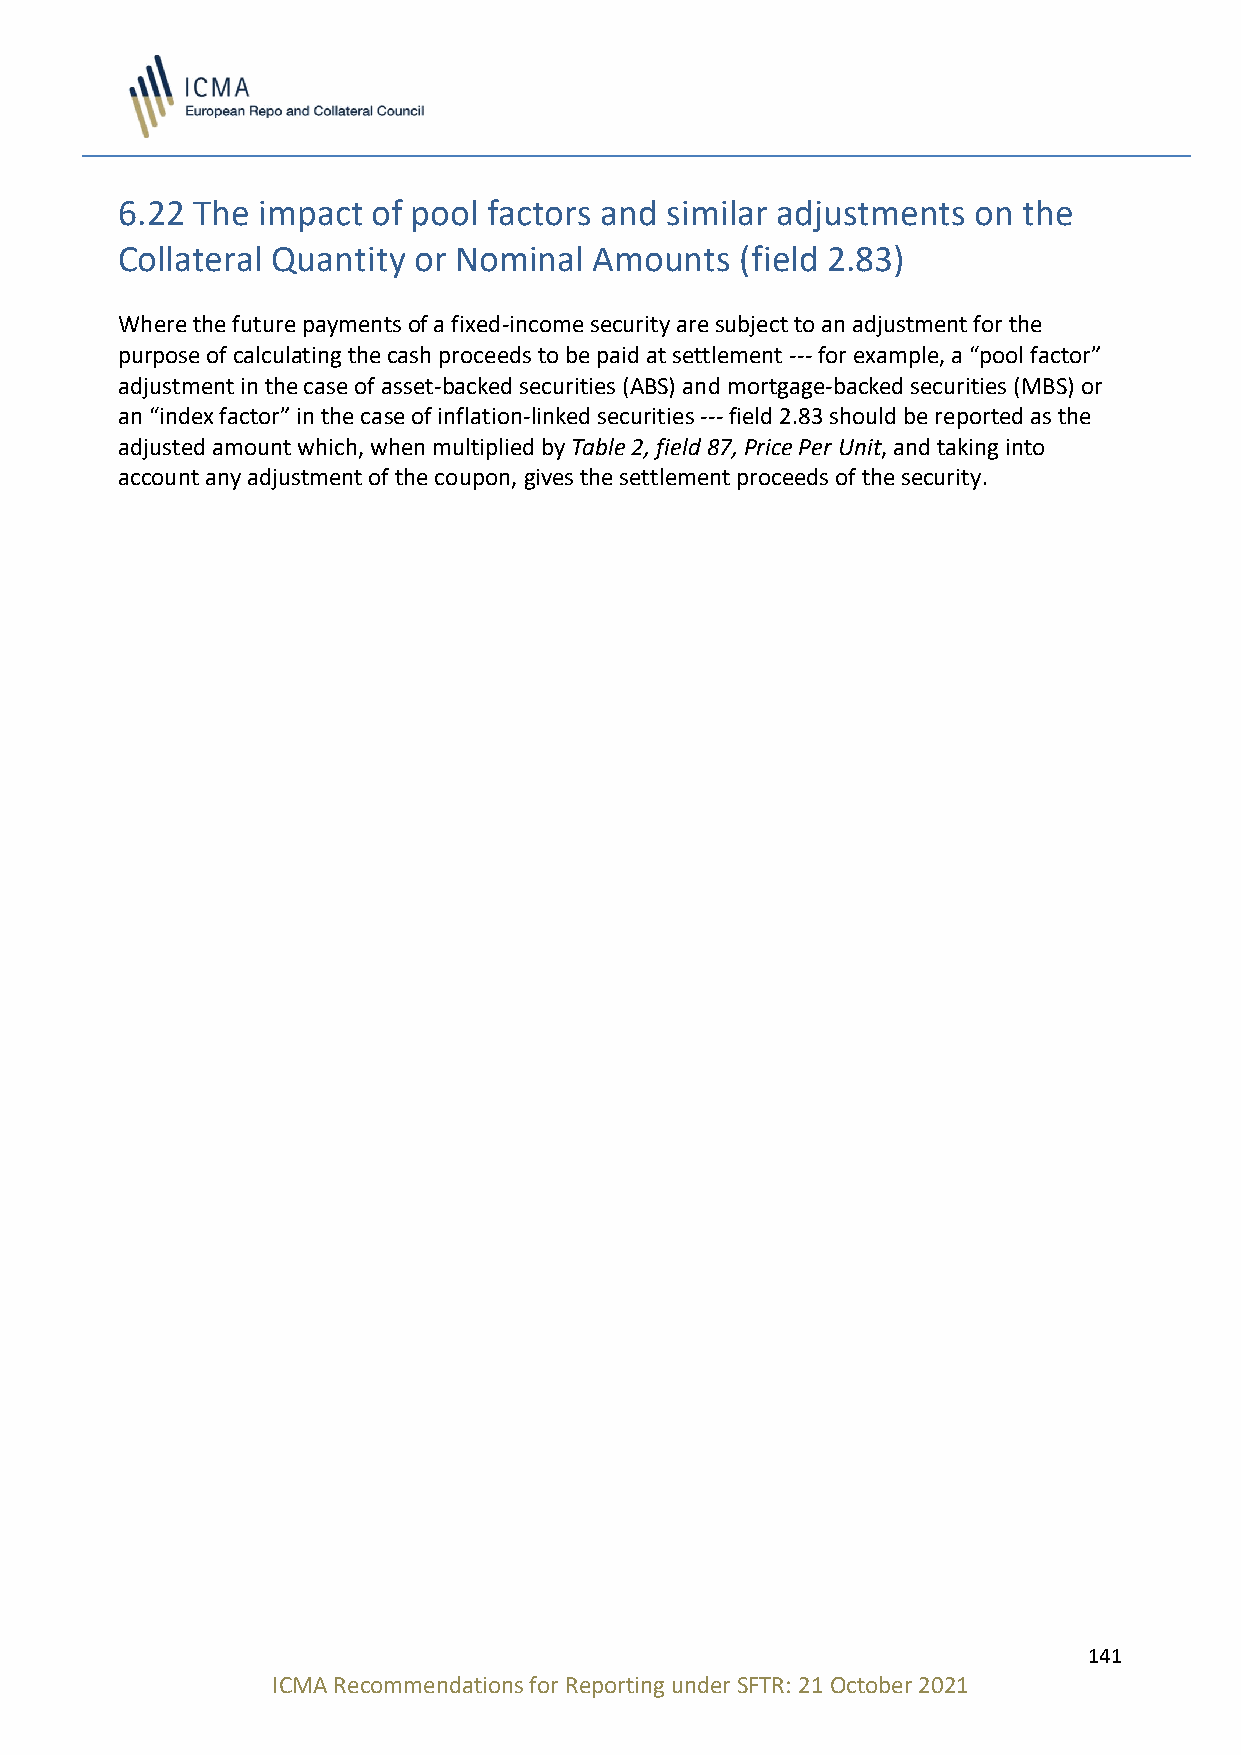
6.22 The impact  of pool factors and similar adjustments on the
 Collateral Quantity or Nominal Amounts   (field 2.83)
 Where the future payments of a fixed-income security are subject to an adjustment for the
 purpose of calculating the cash proceeds to be paid at settlement --- for example, a “pool factor”
 adjustment in the case of asset-backed securities (ABS) and mortgage-backed securities (MBS) or
 an “index factor” in the case of inflation-linked securities --- field 2.83 should be reported as the
 adjusted amount which, when multiplied by Table 2, field 87, Price Per Unit, and taking into
 account any adjustment of the coupon, gives the settlement proceeds of the security.
 141
 ICMA Recommendations for Reporting under SFTR: 21 October 2021